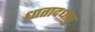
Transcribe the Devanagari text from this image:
धातादधातु